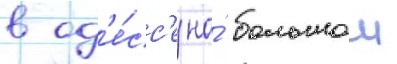
в од'е́сс'е на́ большои